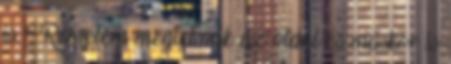
is. : Remélem megtetszik az oldal és máskor is